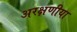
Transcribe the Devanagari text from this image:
अरक्षणीया